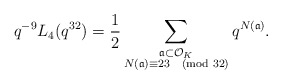
\begin{align*} q^{-9} L_{4}(q^{32}) = \frac{1}{2} \sum_{\substack{\frak{a} \subset \mathcal{O}_{K} \\ N(\frak{a}) \equiv 23 \pmod{32}}} q^{N(\frak{a})}.\end{align*}